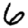
Digit: 6